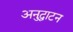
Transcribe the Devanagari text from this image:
अनुद्घाटन